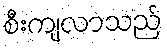
စီးကျလာသည်